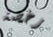
رخصة